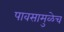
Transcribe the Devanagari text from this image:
पावसामुळेच